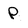
Character: P